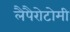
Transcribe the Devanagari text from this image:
लैपैरोटोमी